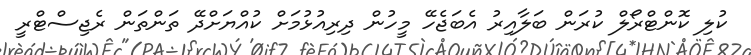
ކުލި ކޮންޓްރޯލް ކުރަން ބަލާއިރު އެބަޖެހޭ މީހުން ދިރިއުޅުމަށް ކުއްޔަށްދޭ ތަންތަން ރެޖިސްޓްރީ